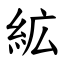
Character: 絋